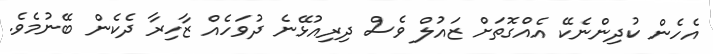
އެހެން ކުދިންނެކޭ އެއްގޮތަށް ޒައުލް ވެސް ދިރިއުޅޭނެ ދުވަހެއް ޒާހިރާ ދެކެން ބޭނުމެވެ.